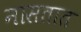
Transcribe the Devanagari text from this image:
नासतात